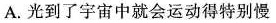
A.光到了宇宙中就会运动得特别慢